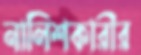
নালিশকারীর